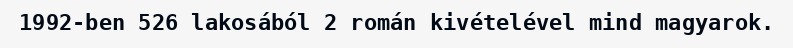
1992-ben 526 lakosából 2 román kivételével mind magyarok.